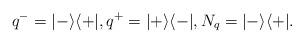
LaTeX: \begin{align*}q^- = \vert - \rangle \langle + \vert , q^+ = \vert + \rangle \langle - \vert , N_q = \vert - \rangle \langle + \vert.\end{align*}